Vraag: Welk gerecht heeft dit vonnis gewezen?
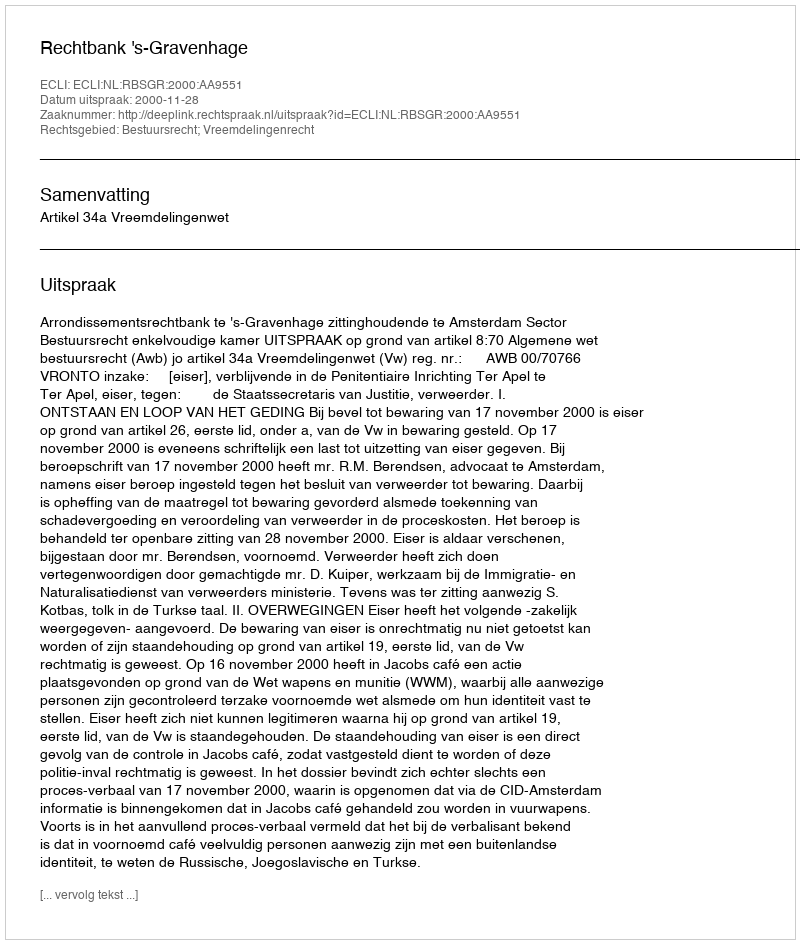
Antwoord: Rechtbank 's-Gravenhage